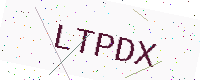
Text: LTPDX